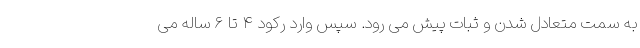
به سمت متعادل شدن و ثبات پیش می رود. سپس وارد رکود ۴ تا ۶ ساله می